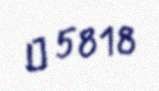
№ 5818